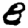
Digit: 8